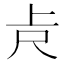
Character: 𠧛